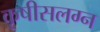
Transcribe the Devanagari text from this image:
कृषीसलग्न